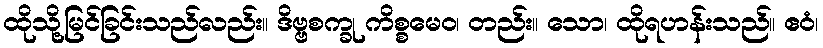
ထိုသို့မြင်ခြင်းသည်လည်း။ ဒိဗ္ဗစက္ခု ကိစ္စမေဝ၊ တည်း။ သော၊ ထိုရဟန်းသည်။ ဧဝံ၊